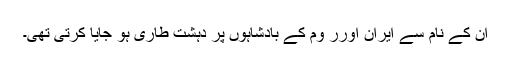
ان کے نام سے ایران اورر وم کے بادشاہوں پر دہشت طاری ہو جایا کرتی تھی۔